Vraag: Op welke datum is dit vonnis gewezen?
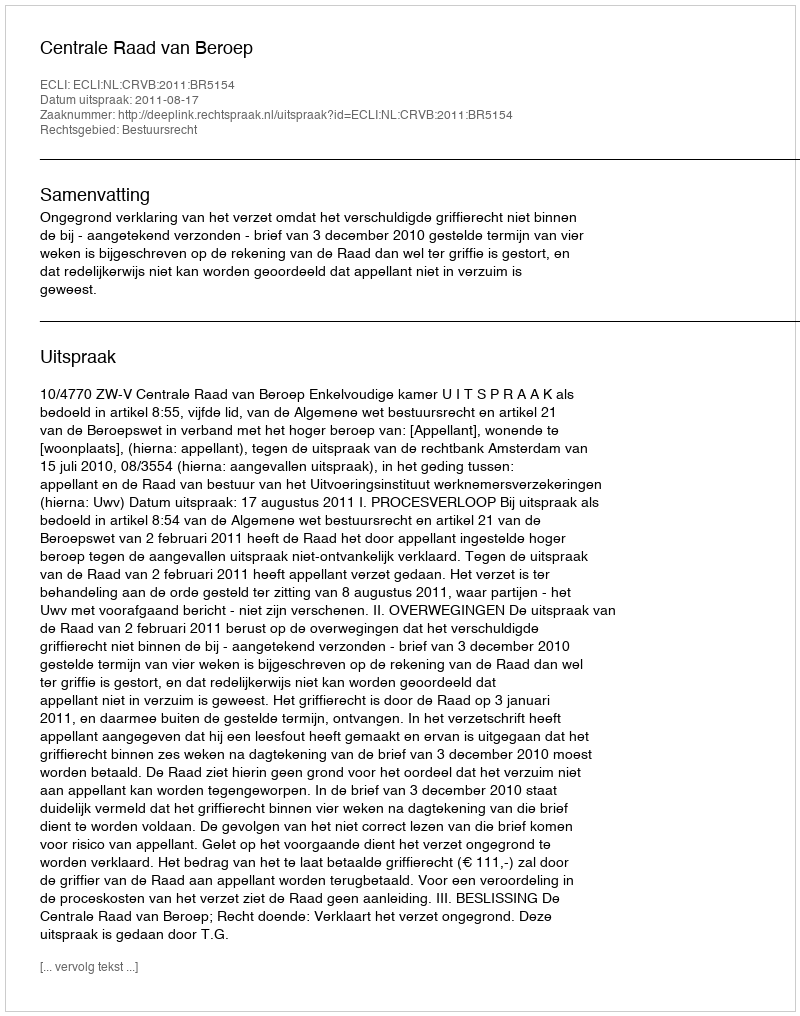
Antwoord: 2011-08-17